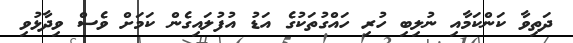
ދަތިވާ ކަންކަމާއި ނުލިބި ހުރި ހައްގުތަކުގެ އަޑު އުފުލައިގެން ކަމަށް ވެސް ވިދާޅުވި